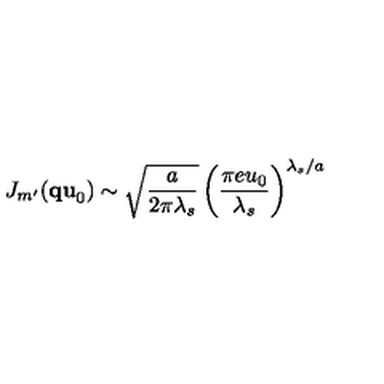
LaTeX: J _ { m ^ { \prime } } ( { \bf q u } _ { 0 } ) \sim \sqrt { \frac { a } { 2 \pi \lambda _ { s } } } \left( \frac { \pi e u _ { 0 } } { \lambda _ { s } } \right) ^ { \lambda _ { s } / a }